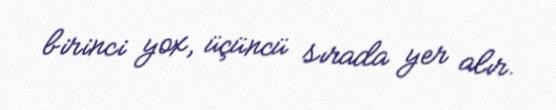
birinci yox, üçüncü sırada yer alır.